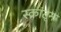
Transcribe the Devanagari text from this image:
स्क्रांट्न